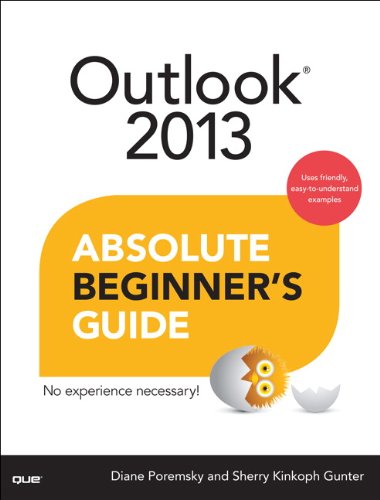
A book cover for Outlook 2013 Absolute Beginner's Guide; Diane Poremsky; Computers & Technology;